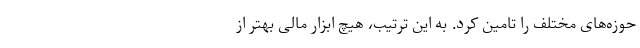
حوزه‌های مختلف را تامین کرد. به این ترتیب، هیچ ابزار مالی بهتر از